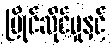
ပြိုင်ဆိုင်မှုနှင့်